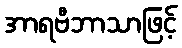
အာရဗီဘာသာဖြင့်